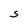
Character: S